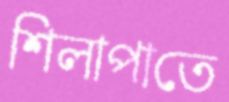
শিলাপাতে